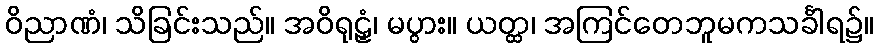
ဝိညာဏံ၊ သိခြင်းသည်။ အဝိရုဠှံ၊ မပွား။ ယတ္ထ၊ အကြင်တေဘူမကသင်္ခါရ၌။